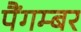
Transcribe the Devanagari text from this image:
पैंगम्‍बर